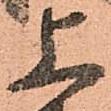
上